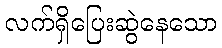
လက်ရှိပြေးဆွဲနေသော